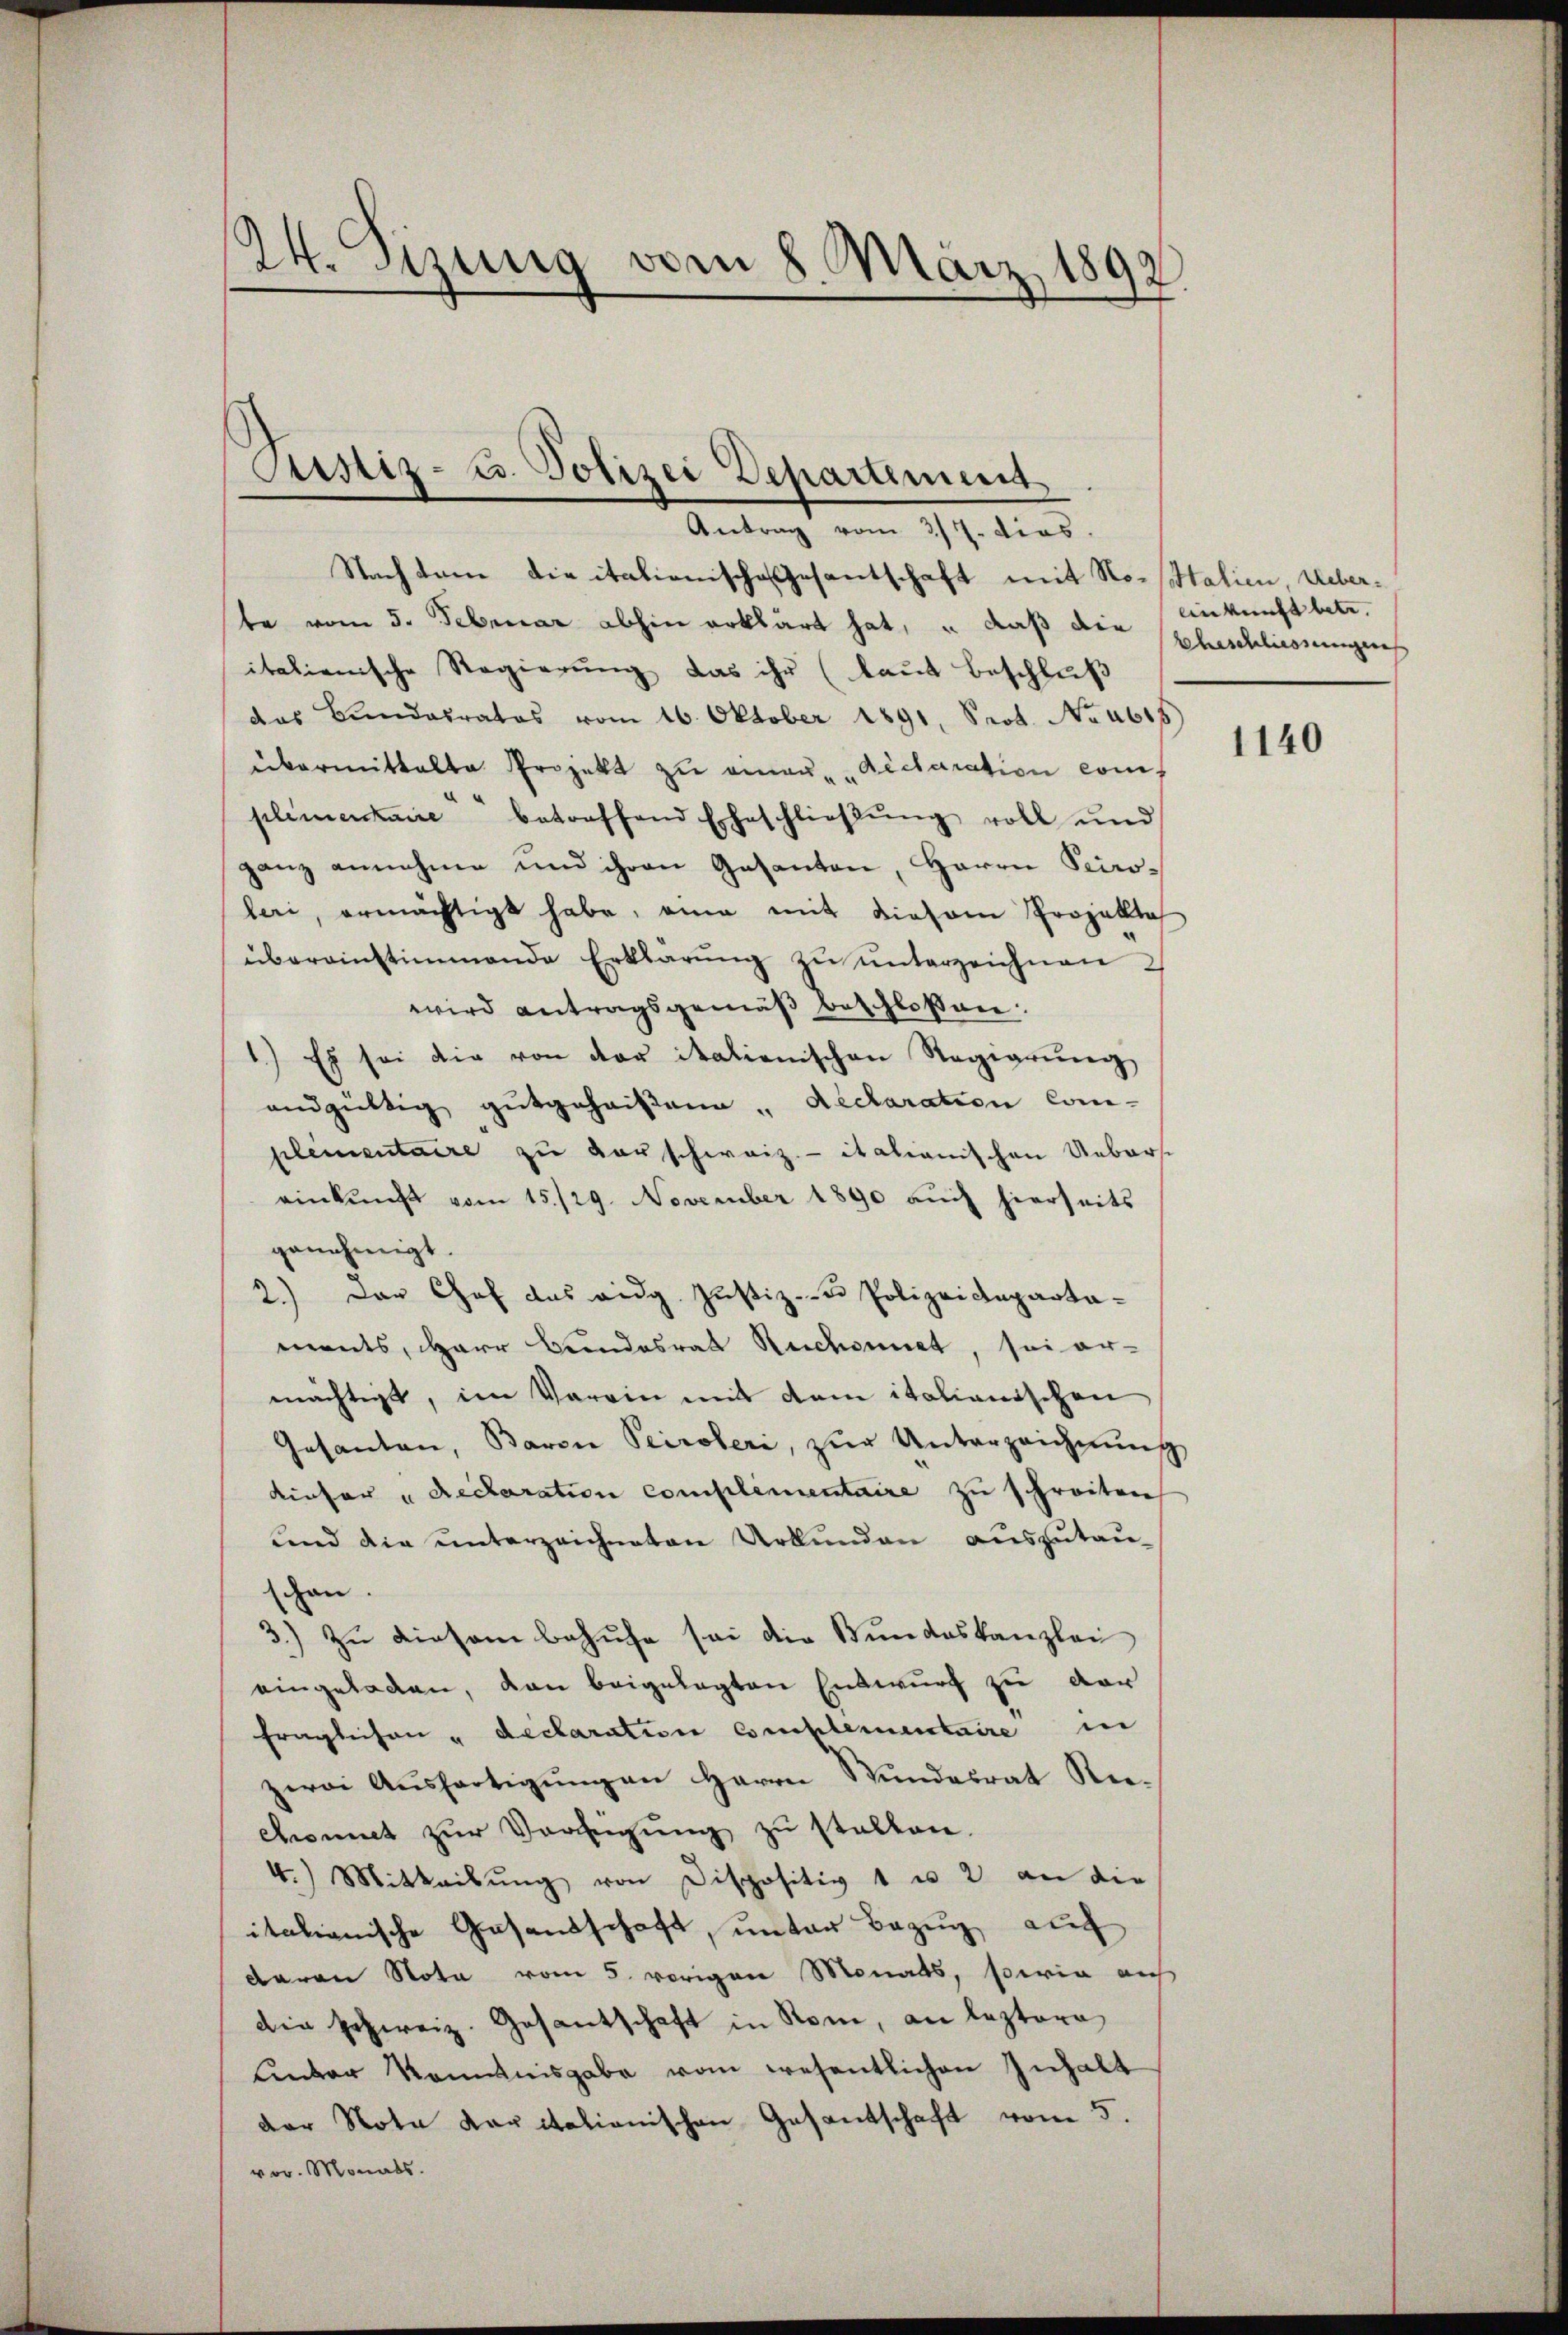
24. Sizung vom 8. März 1892

Sistiz- u. Polizei Departement
Antrag vom 3/4. dias.

Nachtem die italienische Gesantschaft mit Nossitalien, Ueberte vom 5. Februar abhin erklärt hat, u. daß die Eheschliessungens
italienische Regierung das ihr (laut Beschluß
das Bundesrates vom 16. Oktober 1891, Prot. No. 4615
übermittelte Projekt zu einau déclaration com
plimentaire betreffend Eheschlieβŭng voll und
ganz annehme und ihren Gesanten, Herrn Sciro-
leri, ermächtigt habe, eine mit diesem Projekte
übereinstimmende Erklärŭng zŭ ŭnterzeichnen
wird antragsgemäβ beschlossen:
1.) Es sei die von der italienischen Regierŭng
andgültig gutgeheißen " declaration com-
plementaire zu verschweiz.- italianischen Ueberst
einkunft vom 15./29. November 1890 auch hierseits
genehmigt.
2.) Das Chef das eidg. Justiz- u Polizeidepartaments, arr Bandesrat Rechnet, sei er-
mächtigt, im Verein mit dem italianischen
Gesanten, Baron Peiroleri, zŭr Unterzeichnŭng
dieser "declaration complimentaire zu schreiten
und die unterzeichneten Urkunden auszutau-
schon.
3.) Zu diesem behufe sei die Bundeskanzlei
eingeladen, dan beigelegten Entwurf zu der
fraglichen u declaration Complementaire in
zwai Aŭsfertigŭng an Herrn Stŭndesrat Re-
chromit zur Verfügung zu stalten.
4.) Mitteilŭng von Dispositiv 1 u 2 an die
italienische Gesandschaft, unter Bezug auch
davon Nota vom 5. vorigen Monats, sowie auf
den schweiz. Gesantschaft in Rom, an leztere
Enter konntnisgabe vom wesentlichen Inhalt
der Nota Kapitalionischen Gesantschaft vom 5.
vor. Monats.

einkunft betr.

1140